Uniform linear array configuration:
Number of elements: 12
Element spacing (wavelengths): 0.5
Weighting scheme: hamming
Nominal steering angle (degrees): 30
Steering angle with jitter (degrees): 28.967
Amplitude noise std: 0.05
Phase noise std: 0.05

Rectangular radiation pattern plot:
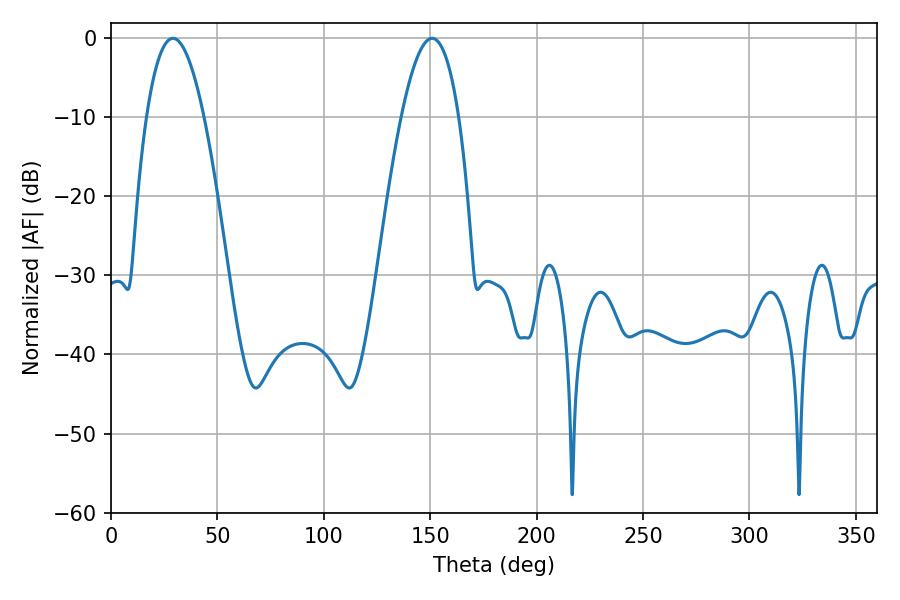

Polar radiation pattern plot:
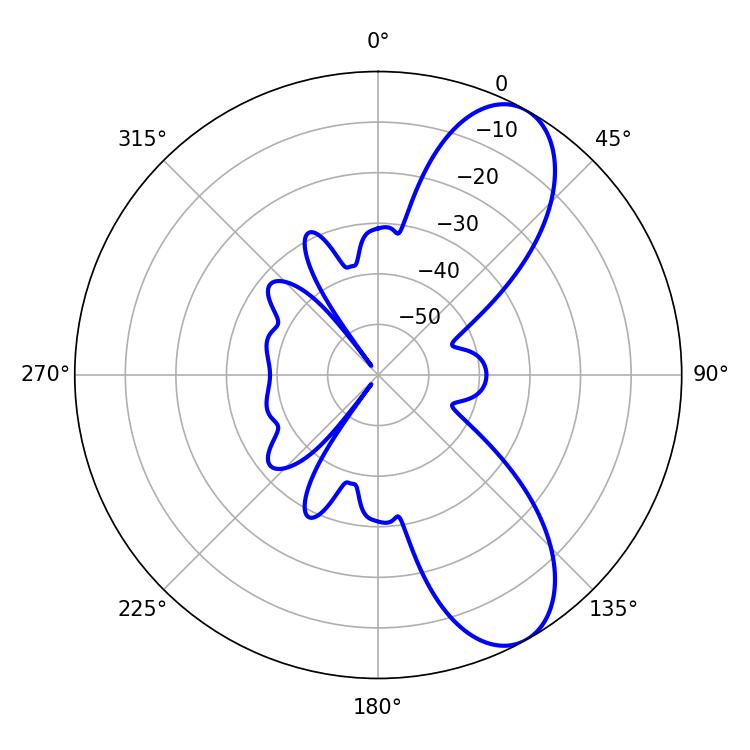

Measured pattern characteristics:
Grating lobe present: FALSE
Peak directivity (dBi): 8.633
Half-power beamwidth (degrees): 14.94
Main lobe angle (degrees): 29.16